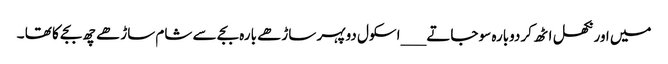
میں اور نکھل اٹھ کردوبارہ سو جاتے ___ اسکول دوپہر ساڑھے بارہ بجے سے شام ساڑھے چھ بجے کا تھا ۔